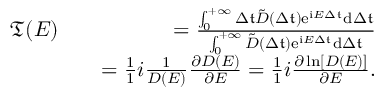
\begin{array} { r l r } { \mathfrak { T } ( E ) } & { } & { = \frac { \int _ { 0 } ^ { + \infty } { \Delta \mathfrak { t } } \tilde { D } ( \Delta \mathfrak { t } ) \mathrm { e } ^ { \mathrm { i } E \Delta \mathfrak { t } } \mathrm { d } { \Delta \mathfrak { t } } } { \int _ { 0 } ^ { + \infty } \tilde { D } ( \Delta \mathfrak { t } ) \mathrm { e } ^ { \mathrm { i } E \Delta \mathfrak { t } } \mathrm { d } { \Delta \mathfrak { t } } } } \\ & { } & { = \frac { 1 } { 1 } { i } \frac { 1 } { D ( E ) } \frac { \partial D ( E ) } { \partial E } = \frac { 1 } { 1 } { i } \frac { \partial \ln [ D ( E ) ] } { \partial E } . } \end{array}